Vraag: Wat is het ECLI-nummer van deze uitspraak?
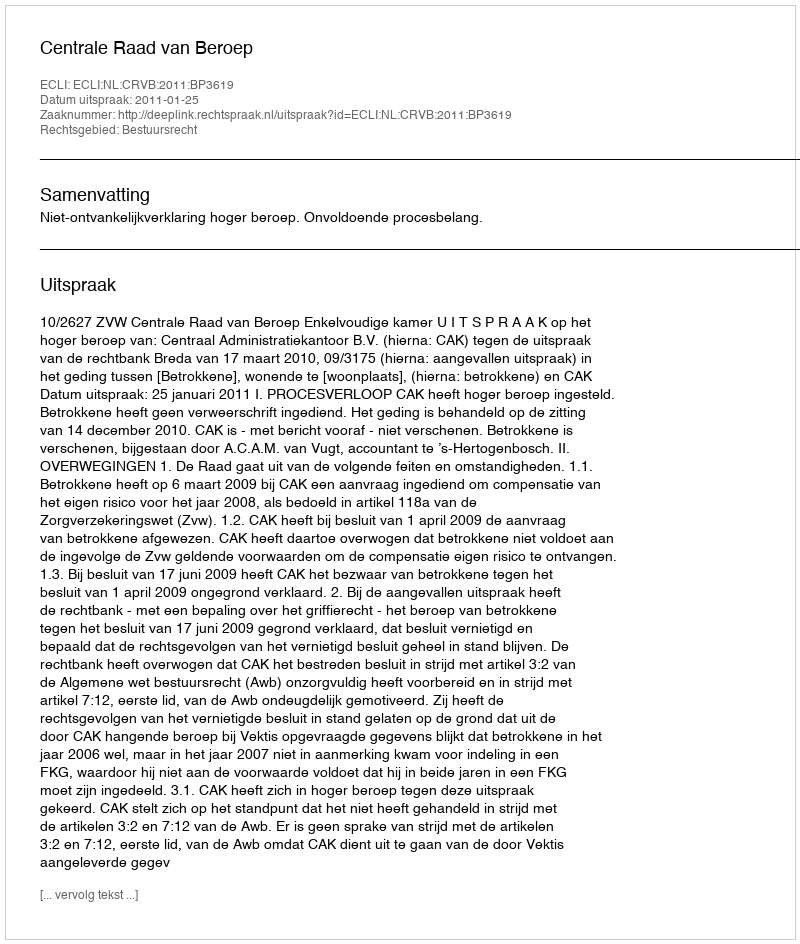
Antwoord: ECLI:NL:CRVB:2011:BP3619